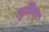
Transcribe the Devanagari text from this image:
मुलियर